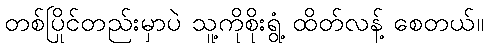
တစ်ပြိုင်တည်းမှာပဲ သူ့ကိုစိုးရွံ့ ထိတ်လန့် စေတယ်။